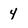
Character: 4